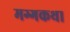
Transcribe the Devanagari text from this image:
मग्गकथा